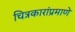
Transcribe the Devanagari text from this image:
चित्रकारांप्रमाणे